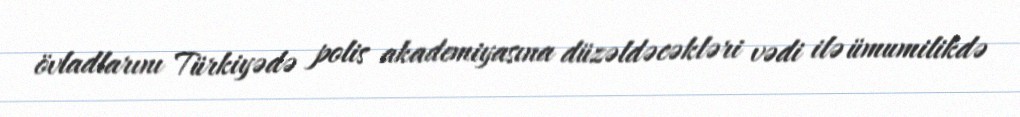
övladlarını Türkiyədə polis akademiyasına düzəldəcəkləri vədi ilə ümumilikdə